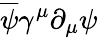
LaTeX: {\overline{{\psi}}}\gamma^{\mu}\partial_{\mu}\psi